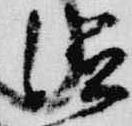
滋